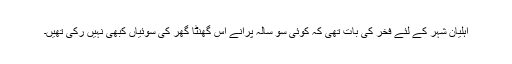
اہلیانِ شہر کے لئے فخر کی بات تھی کہ کوئی سو سالہ پرانے اس گھنٹا گھر کی سوئیاں کبھی نہیں رکی تھیں۔